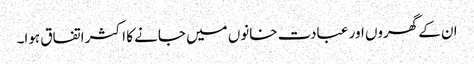
ان کے گھروں اور عبادت خانوں میں جانے کا اکثر اتفاق ہوا۔